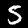
Label: 5